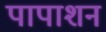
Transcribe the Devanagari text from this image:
पापाशन